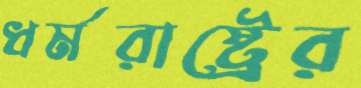
ধর্মরাষ্ট্রের